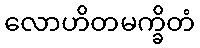
လောဟိတမက္ခိတံ